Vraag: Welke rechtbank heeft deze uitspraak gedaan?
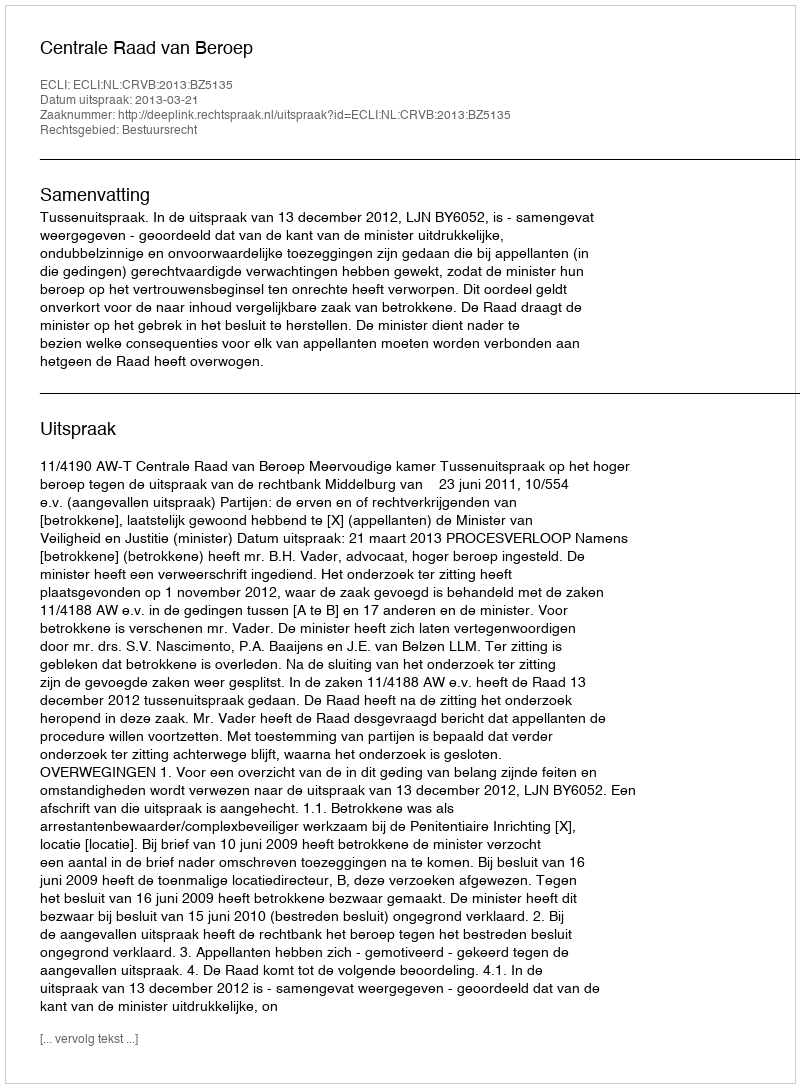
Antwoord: Centrale Raad van Beroep